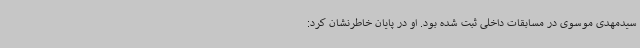
سیدمهدی موسوی در مسابقات داخلی ثبت شده بود. او در پایان خاطرنشان کرد: